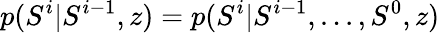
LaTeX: p(S^{i}\vert S^{i-1},z)=p(S^{i}\vert S^{i-1},...,S^{0},z)